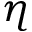
\eta